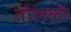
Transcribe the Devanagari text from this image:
तोलली